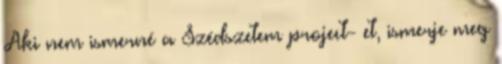
Aki nem ismerné a Szédszetem project- et, ismerje meg